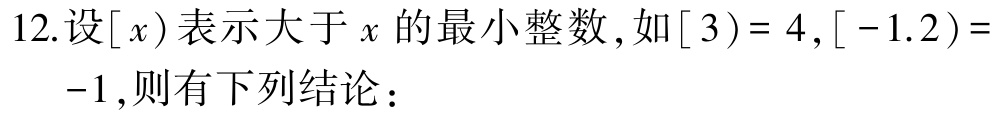
12.设$[x)$表示大于$x$的最小整数，如$[3)= 4,[-1.2)= -1$,则有下列结论：